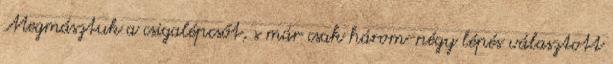
Megmásztuk a csigalépcsőt, s már csak három-négy lépés választott